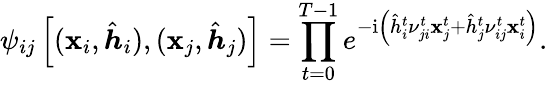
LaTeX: \psi_{ij}\left[(\boldsymbol{\mathbf{x}}_{i},\hat{{\boldsymbol{h}}}_{i}),(\boldsymbol{\mathbf{x}}_{j},\hat{{\boldsymbol{h}}}_{j})\right]=\prod_{t=0}^{T-1}e^{-\mathrm{{i}}\left(\hat{{h}}_{i}^{t}\nu_{ji}^{t}\mathbf{x}_{j}^{t}+\hat{{h}}_{j}^{t}\nu_{ij}^{t}\mathbf{x}_{i}^{t}\right)}.